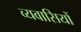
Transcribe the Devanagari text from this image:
व्यवासियों